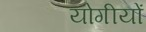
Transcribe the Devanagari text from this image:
योगीयों